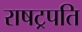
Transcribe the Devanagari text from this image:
राषट्रपति